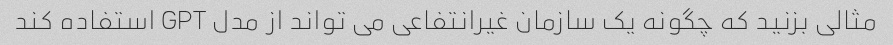
مثالی بزنید که چگونه یک سازمان غیرانتفاعی می تواند از مدل GPT استفاده کند